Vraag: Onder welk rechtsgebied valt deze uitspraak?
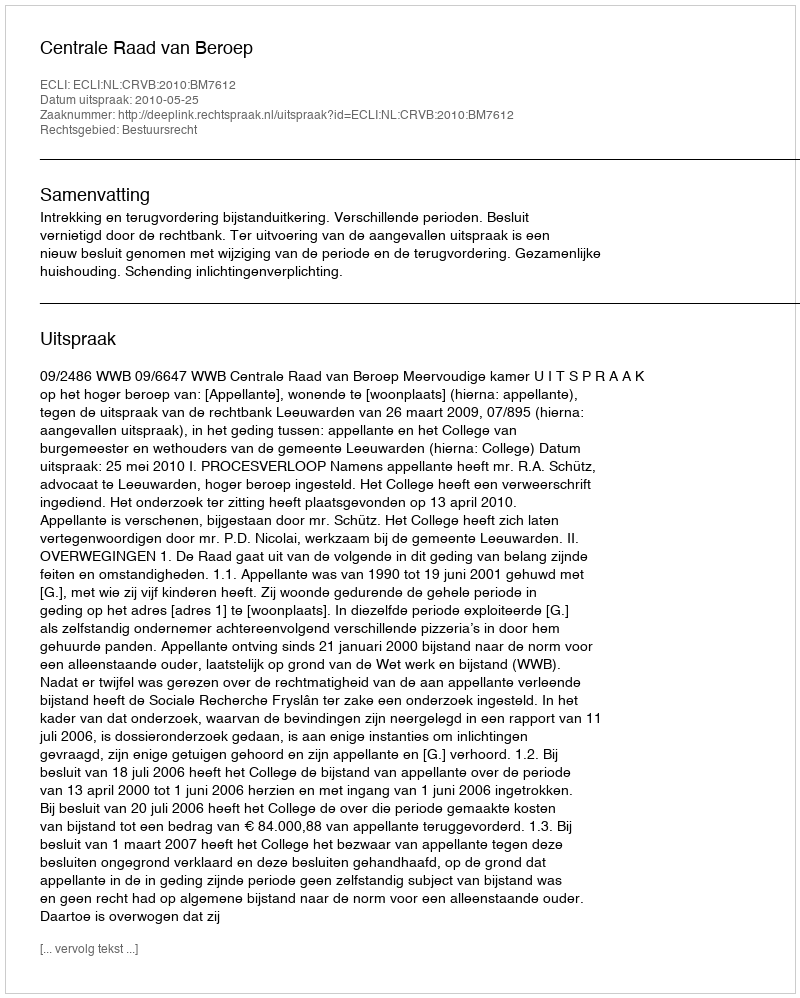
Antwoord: Bestuursrecht